Madras plague regulations and rules for the inspection of inward and outward bound vessels - Volume 2
Disease focus: Plague
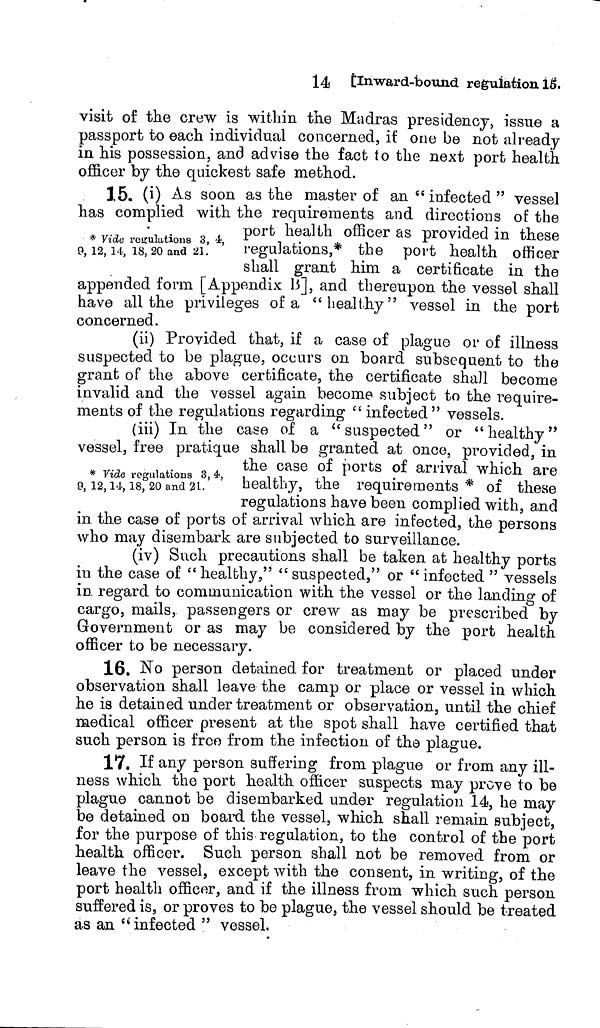
14 Inward-bound regulation 15.
visit of the crew is within the Madras presidency, issue a
passport to each individual concerned, if one be not already
in his possession, and advise the fact to the next port health
officer bv the quickest safe method.
* Vide regulations 3, 4,
9, 12, 14, 18, 20 and 21.
15. (i) As soon as the master of an " infected " vessel
has complied with the requirements and directions of the
port health officer as provided in these
regulations,* the port health officer
shall grant him a certificate in the
appended form [Appendix 13], and thereupon the vessel shall
have all the privileges of a "healthy" vessel in the port
concerned.
(ii) Provided that, if a case of plague or of illness
suspected to be plague, occurs on board subsequent to the
grant of the above certificate, the certificate shall become
invalid and the vessel again become subject to the require-
ments of the regulations regarding " infected" vessels.
(iii) In the case of a " suspected" or "healthy"
vessel, free pratique shall be granted at once, provided, in
* Vide regulations 3,4
9, 12,14, 18, 20 and 21.
tne case of ports of arrival wnich are
healthy, the requirements * of these
regulations have been complied with, and
in the case of ports of arrival which are intected, the persons
who may disembark are subjected to surveillance.
(iv) ouch precautions snail be taken at healthy ports
in the case of "healthy," "suspected," or "infected " vessels
in regard to communication with the vessel or the landing of
O
O
cargo, mails, passengers or crew as may be prescribed by
Government or as may be considered by the port health
officer to be necessary.
16. No person detained for treatment or placed under
observation shall leave the camp or place or vessel in which
he is detained under treatment or observation, until the chief
medical officer present at the spot shall have certified that
such person is freo from the infection of the plague.
17. If any person suffering from plague or from any ill-
ness which the port health officer suspects may prove to be
plague cannot be disembarked under regulation 14, he may
be detained OD board the vessel, which shall remain subject,
for the purpose of this regulation, to the control of the port
health officer. Such person shall not be removed from or
leave the vessel, except with the consent, in writing, of the
port health officer, and if the illness from which such person
suffered is, or proves to be plague, the vessel should be treated
as an " infected " vessel.